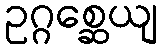
ဥဂ္ဂစ္ဆေယျ